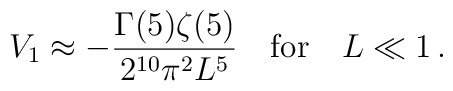
V_1\approx-\frac{\Gamma(5)\zeta(5)}{2^{10}\pi^2L^5}\quad\mbox{for}\quad L\ll1\,.